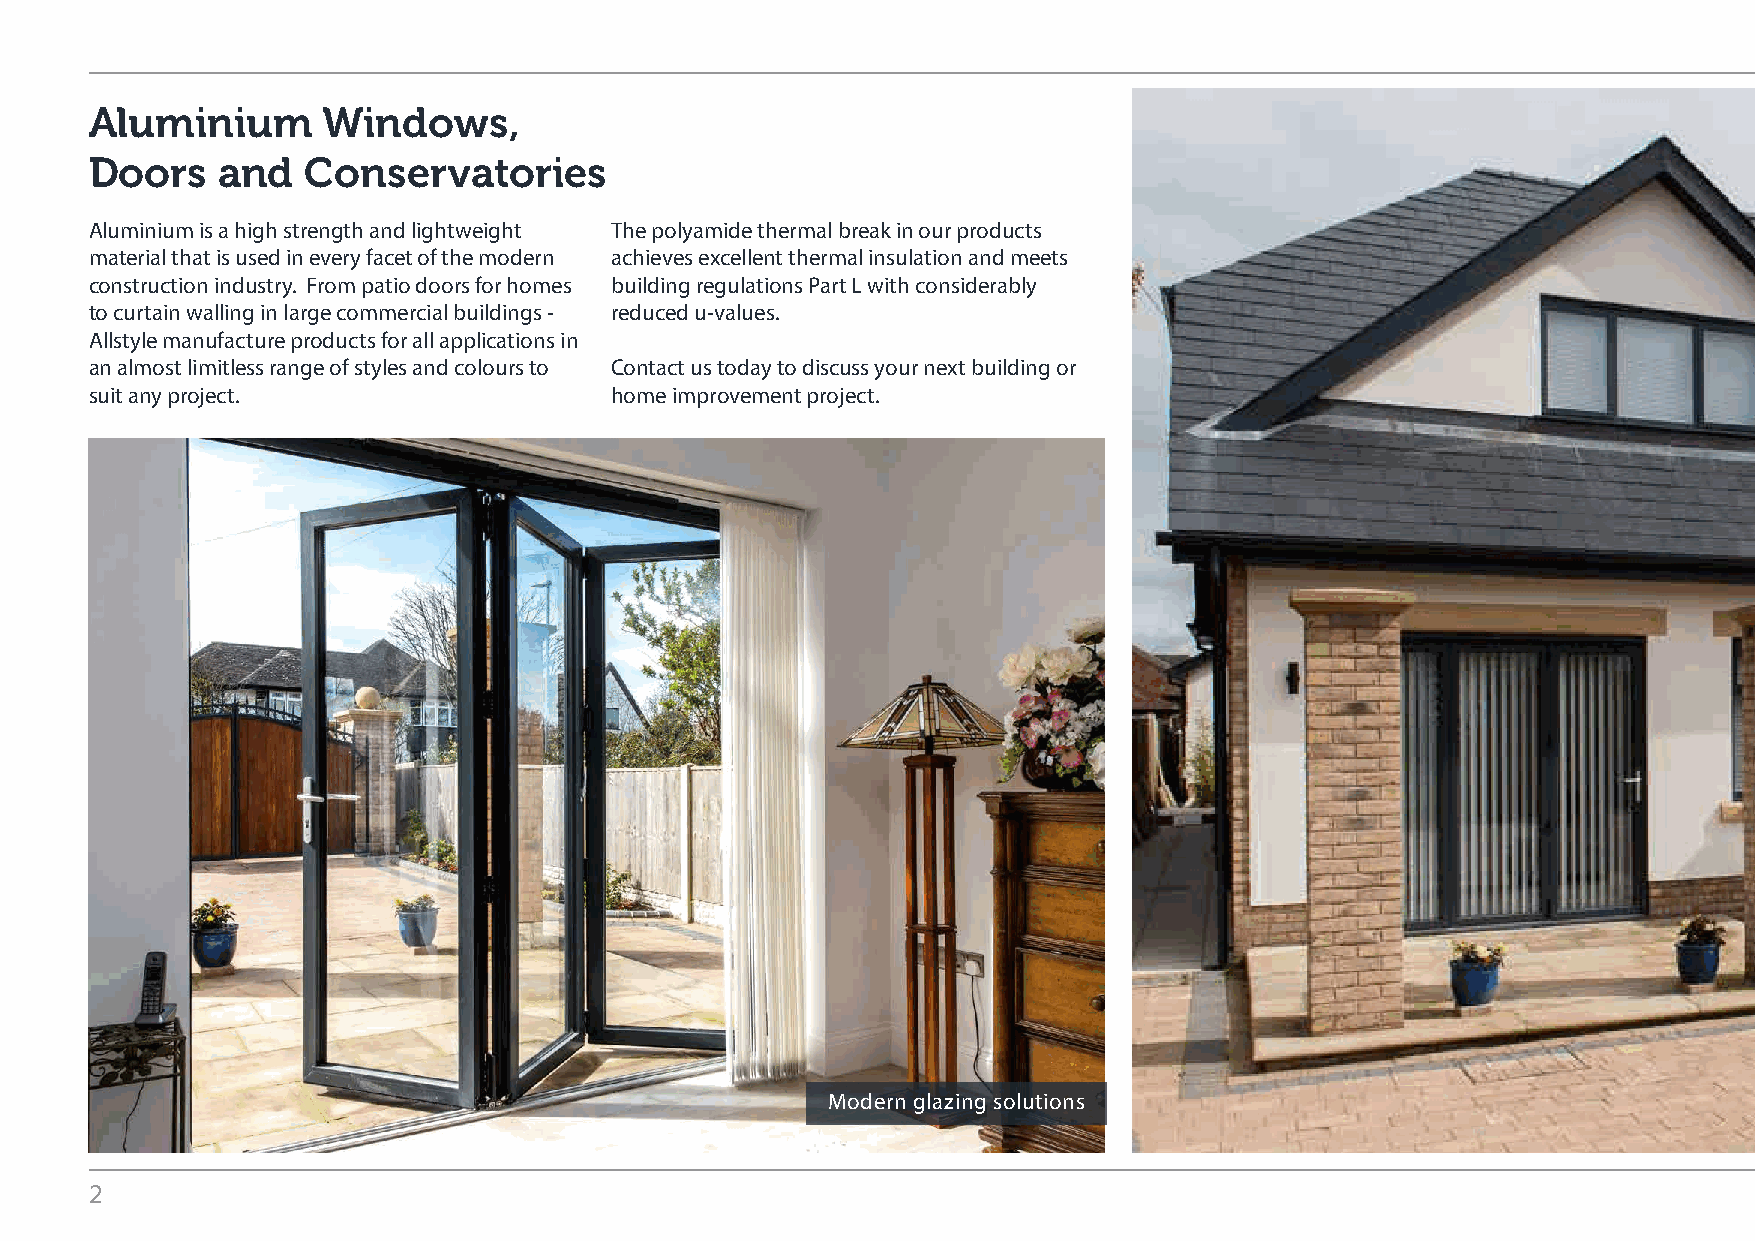
Aluminium      Windows,
 Doors   and   Conservatories
 Aluminium is a high strength and lightweight The polyamide thermal break in our products
 material that is used in every facet of the modern achieves excellent thermal insulation and meets
 construction industry. From patio doors for homes building regulations Part L with considerably
 to curtain walling in large commercial buildings - reduced u-values.
 Allstyle manufacture products for all applications in
 an almost limitless range of styles and colours to Contact us today to discuss your next building or
 suit any project.                 home improvement project.
 Modern glazing solutions
 2